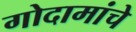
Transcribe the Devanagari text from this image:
गोदामांचे